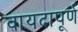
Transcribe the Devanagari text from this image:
वायदापूर्ण